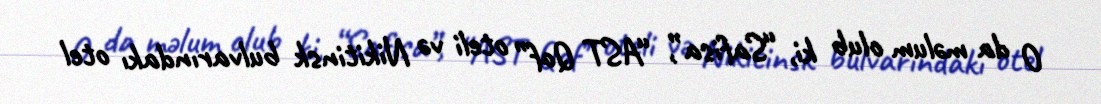
O da məlum olub ki, “Safisa”, “AST Qof” oteli və Nikitinsk bulvarındakı otel